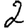
Digit: 2